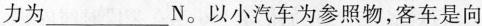
力为___N。以小汽车为参照物，客车是向